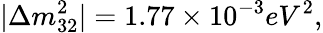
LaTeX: |\Delta m_{32}^{2}|=1.77\times 10^{-3}eV^{2},